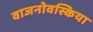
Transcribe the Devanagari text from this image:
वाजनोवस्किया